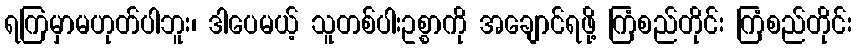
ရကြမှာမဟုတ်ပါဘူး၊ ဒါပေမယ့် သူတစ်ပါးဥစ္စာကို အချောင်ရဖို့ ကြံစည်တိုင်း ကြံစည်တိုင်း